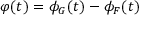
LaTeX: \varphi ( t ) = \phi _ { G } ( t ) - \phi _ { F } ( t )